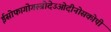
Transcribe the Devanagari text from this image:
ईसोफागोगस्त्रोदेउओदीनोसकोपी